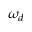
\omega _ { d }